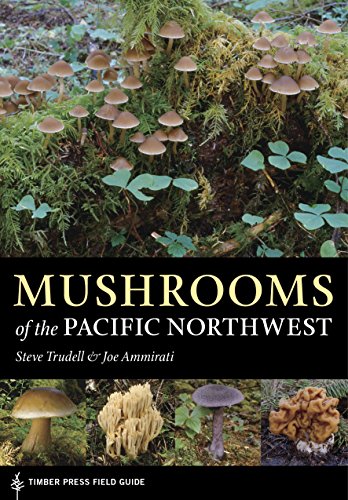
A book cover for Mushrooms of the Pacific Northwest: Timber Press Field Guide (Timber Press Field Guides); Joe Ammirati; Science & Math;